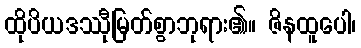
ထိုပိယဒဿီုမြတ်စွာဘုရား၏။ ဇိနထူပေါ၊